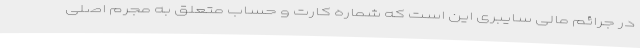
در جرائم مالی سایبری این است که شماره کارت و حساب متعلق به مجرم اصلی